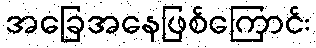
အခြေအနေဖြစ်ကြောင်း